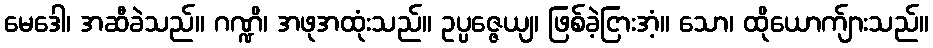
မေဒေါ၊ အဆီခဲသည်။ ဂဏ္ဍိ၊ အဖုအထုံးသည်။ ဥပ္ပဇ္ဇေယျ၊ ဖြစ်ခဲ့ငြားအံ့။ သော၊ ထိုယောက်ျားသည်။